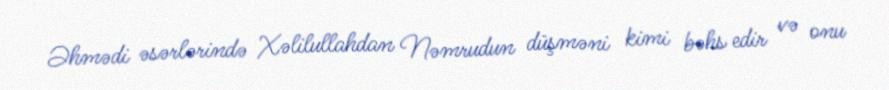
Əhmədi əsərlərində Xəlilullahdan Nəmrudun düşməni kimi bəhs edir və onu